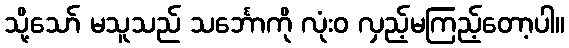
သို့သော် မသူသည် သင်္ဘောကို လုံးဝ လှည့်မကြည့်တော့ပါ။